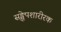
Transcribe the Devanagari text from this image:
सङ्क्षेपशारीरक